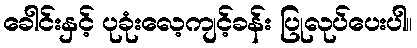
ခေါင်းနှင့် ပုခုံးလေ့ကျင့်ခန်း ပြုလုပ်ပေးပါ။